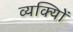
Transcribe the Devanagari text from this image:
व्यक्याेिं